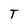
Character: T